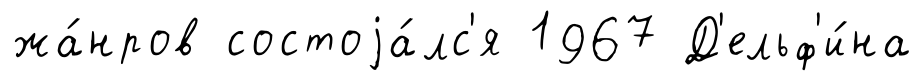
жа́нров состоjа́лс'я 1967 Д'ельф'и́на